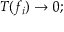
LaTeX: T ( f _ { i } ) \to 0 ;